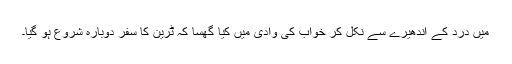
میں درد کے اندھیرے سے نکل کر خواب کی وادی میں کیا گھسا کہ ٹرین کا سفر دوبارہ شروع ہو گیا۔